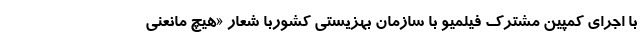
با اجرای کمپین مشترک فیلمیو با سازمان بهزیستی کشوربا شعار «هیچ مانعنی